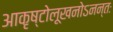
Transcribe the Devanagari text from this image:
आकृष्टोलूखनोऽनन्तः